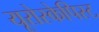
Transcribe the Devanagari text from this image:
यूरोस्केपिस्ट